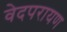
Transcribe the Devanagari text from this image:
वेदपरायण